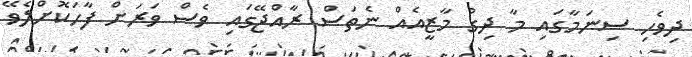
ދިވެހި ސިނަމާގައި މާ ދިގު މާޒީއެއް ނެތަސް ރާއްޖޭގައި ވެސް ވަރަށް ފާހަކޮށްލެވޭ